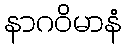
နာဂဝိမာနံ